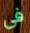
في